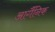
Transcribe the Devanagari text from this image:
आर्गैनिक